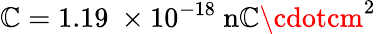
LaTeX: \mathbb{C}=1.19\ \times10^{-18}\ \mathrm{{n\mathbb{C}\cdotcm^{2}}}